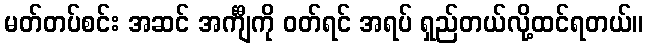
မတ်တပ်စင်း အဆင် အင်္ကျီကို ဝတ်ရင် အရပ် ရှည်တယ်လို့ထင်ရတယ်။